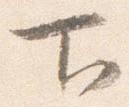
下